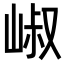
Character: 𡹧